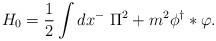
LaTeX: \begin{align*}H_0 = \frac 1 2 \int dx^{-} \ \Pi^2 + m^2 \phi^{\dag} \ast\varphi.\end{align*}